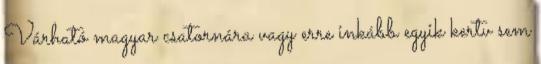
Várható magyar csatornára vagy erre inkább egyik kertv sem